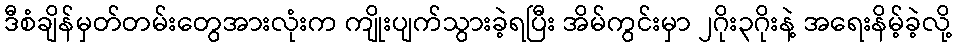
ဒီစံချိန်မှတ်တမ်းတွေအားလုံးက ကျိုးပျက်သွားခဲ့ရပြီး အိမ်ကွင်းမှာ ၂ဂိုး၃ဂိုးနဲ့ အရေးနိမ့်ခဲ့လို့